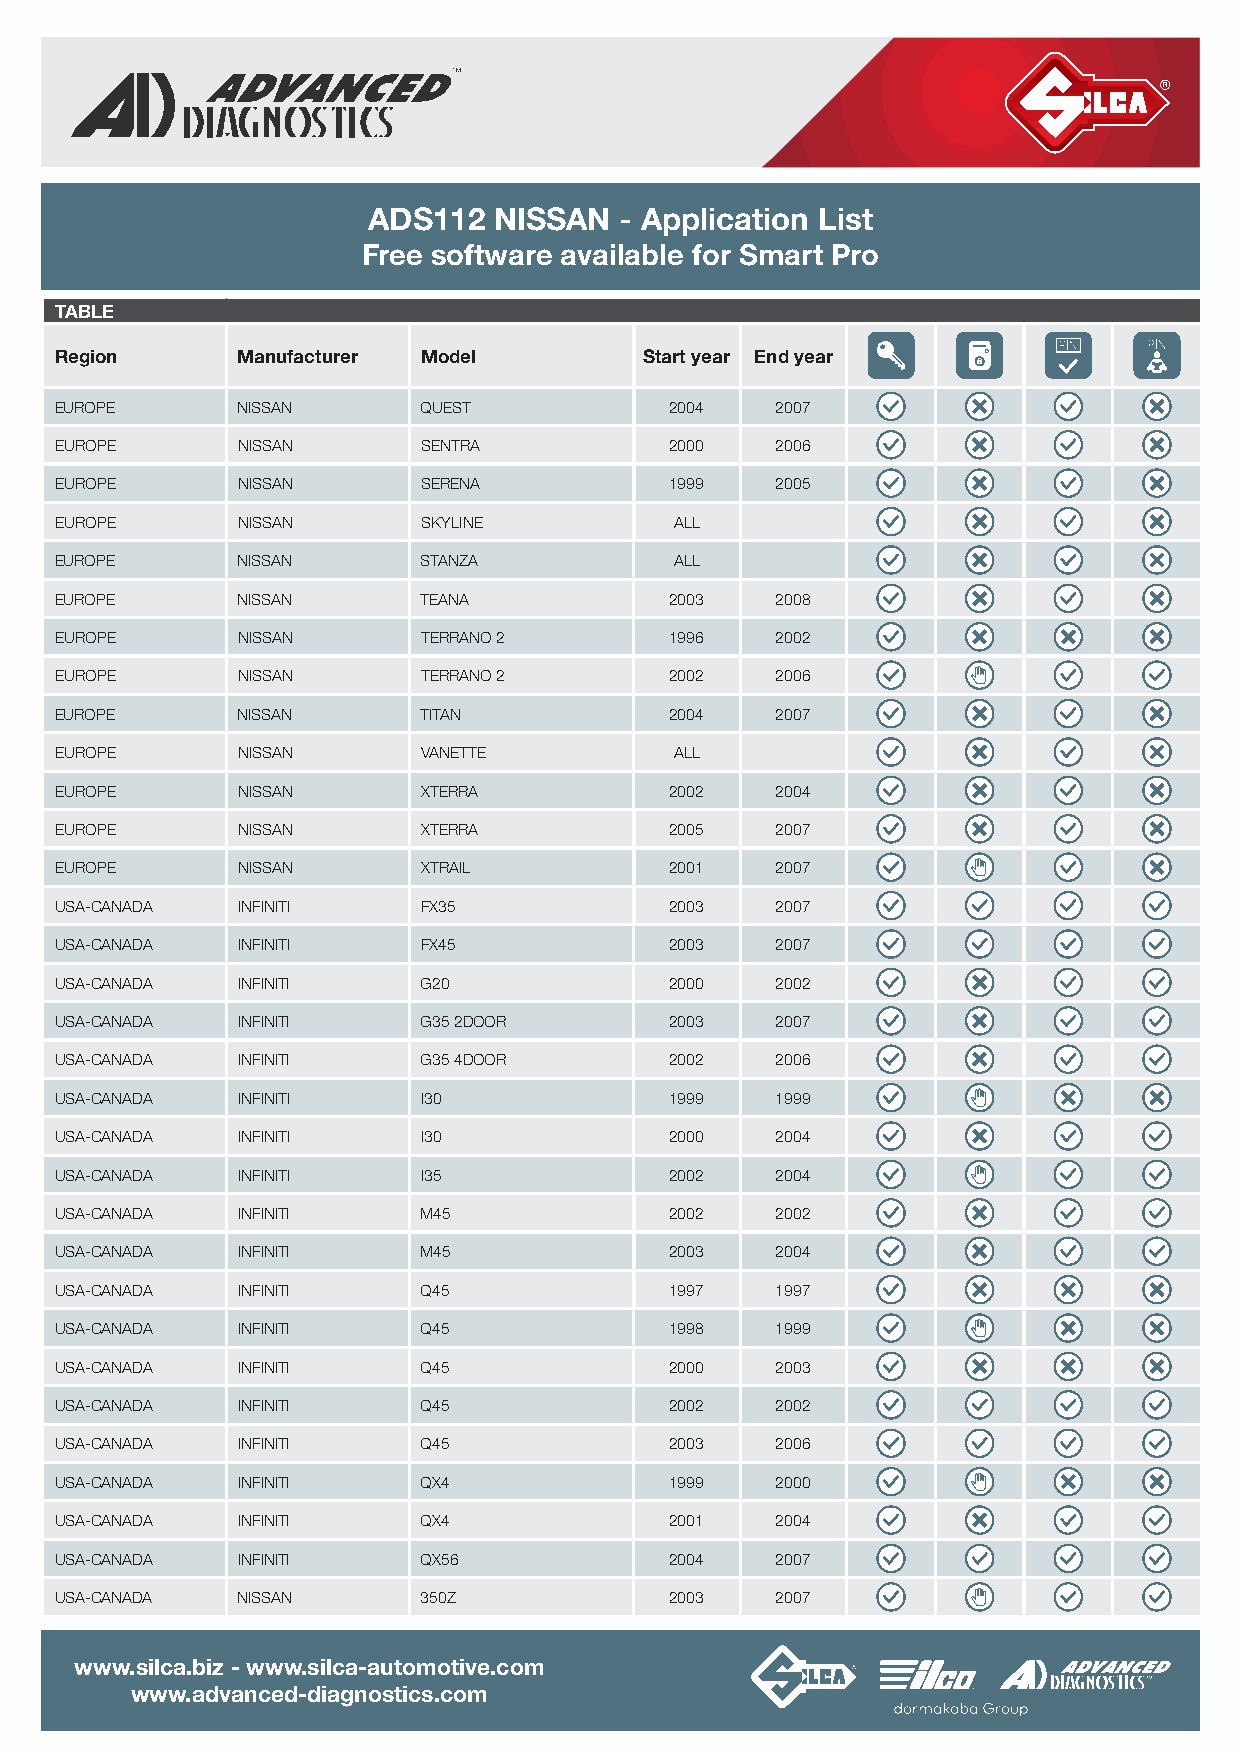
ADS112   NISSAN  - Application List
 Free software available for Smart Pro
 TABLE
 Region      Manufacturer Model         Start year End year
 EUROPE      NISSAN      QUEST           2004   2007
 EUROPE      NISSAN      SENTRA          2000   2006
 EUROPE      NISSAN      SERENA          1999   2005
 EUROPE      NISSAN      SKYLINE          ALL
 EUROPE      NISSAN      STANZA           ALL
 EUROPE      NISSAN      TEANA           2003   2008
 EUROPE      NISSAN      TERRANO 2       1996   2002
 EUROPE      NISSAN      TERRANO 2       2002   2006
 EUROPE      NISSAN      TITAN           2004   2007
 EUROPE      NISSAN      VANETTE          ALL
 EUROPE      NISSAN      XTERRA          2002   2004
 EUROPE      NISSAN      XTERRA          2005   2007
 EUROPE      NISSAN      XT RAIL         2001   2007
 USA- CANADA INFINITI    FX35            2003   2007
 USA- CANADA INFINITI    FX45            2003   2007
 USA- CANADA INFINITI    G20             2000   2002
 USA- CANADA INFINITI    G35 2 DOOR      2003   2007
 USA- CANADA INFINITI    G35 4 DOOR      2002   2006
 USA- CANADA INFINITI    I30             1999   1999
 USA- CANADA INFINITI    I30             2000   2004
 USA- CANADA INFINITI    I35             2002   2004
 USA- CANADA INFINITI    M45             2002   2002
 USA- CANADA INFINITI    M45             2003   2004
 USA- CANADA INFINITI    Q45             1997   1997
 USA- CANADA INFINITI    Q45             1998   1999
 USA- CANADA INFINITI    Q45             2000   2003
 USA- CANADA INFINITI    Q45             2002   2002
 USA- CANADA INFINITI    Q45             2003   2006
 USA- CANADA INFINITI    QX4             1999   2000
 USA- CANADA INFINITI    QX4             2001   2004
 USA- CANADA INFINITI    QX56            2004   2007
 USA- CANADA NISSAN      350Z            2003   2007
 www.silca.biz - www.silca-automotive.com
 www.advanced-diagnostics.com